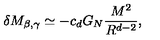
\delta M _ { \beta , \gamma } \simeq - c _ { d } G _ { N } \frac { M ^ { 2 } } { R ^ { d - 2 } } ,